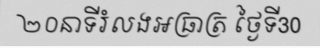
២០នាទីរំលងអធ្រាត្រ ថ្ងៃទី30